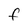
Character: f